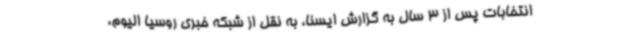
انتخابات پس از 3 سال به گزارش ایسنا، به نقل از شبکه خبری روسیا الیوم،